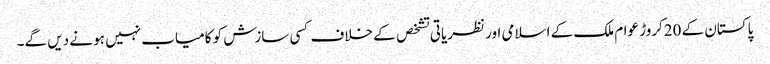
پاکستان کے 20کروڑ عوام ملک کے اسلامی اور نظریاتی تشخص کے خلاف کسی سازش کو کامیاب نہیں ہو نے دیں گے۔